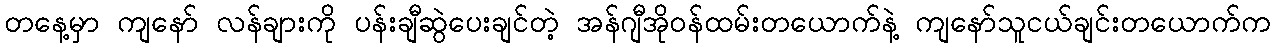
တနေ့မှာ ကျနော် လန်ချားကို ပန်းချီဆွဲပေးချင်တဲ့ အန်ဂျီအိုဝန်ထမ်းတယောက်နဲ့ ကျနော်သူငယ်ချင်းတယောက်က